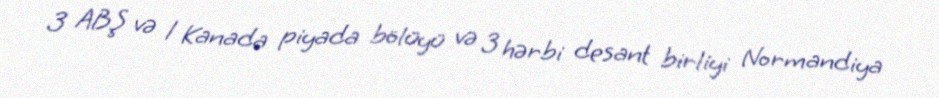
3 ABŞ və 1 Kanada piyada bölüyü və 3 hərbi desant birliyi Normandiya